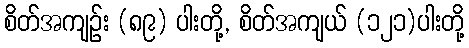
စိတ်အကျဉ်း (၈၉) ပါးတို့, စိတ်အကျယ် (၁၂၁)ပါးတို့